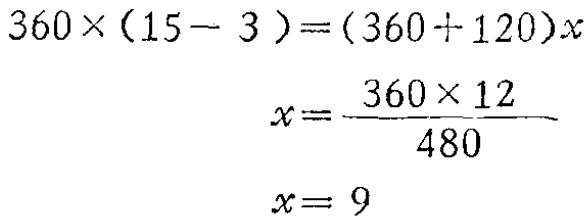
\[
\begin{align*}
360\times(15 - 3)&=(360 + 120)x\\
x&=\frac{360\times12}{480}\\
x&= 9
\end{align*}
\]